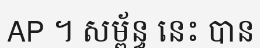
AP ។ សម្ព័ន្ធ នេះ បាន